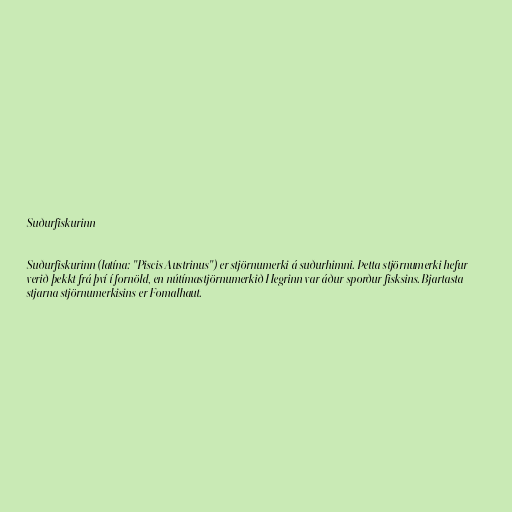
Suðurfiskurinn

Suðurfiskurinn (latína: "Piscis Austrinus") er stjörnumerki á suðurhimni. Þetta stjörnumerki hefur
verið þekkt frá því í fornöld, en nútímastjörnumerkið Hegrinn var áður sporður fisksins. Bjartasta
stjarna stjörnumerkisins er Fomalhaut.